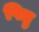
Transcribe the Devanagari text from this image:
पित्रु